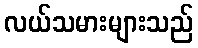
လယ်သမားများသည်